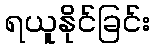
ရယူနိုင်ခြင်း